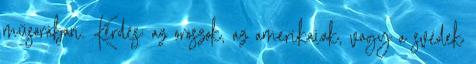
műsorában. Kérdés: az oroszok, az amerikaiak, vagy a svédek